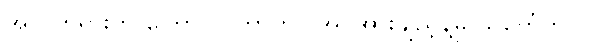
အလှတရားကို ကြောက် တာဟာ အင်အားချည့်နဲ့မှု သင်္ကေတပဲ။